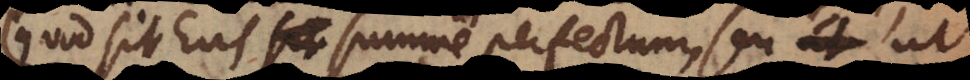
(quod sit Ens summe perfectum, seu ut